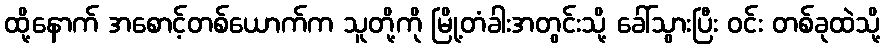
ထို့နောက် အစောင့်တစ်ယောက်က သူတို့ကို မြို့တံခါးအတွင်းသို့ ခေါ်သွားပြီး ဝင်း တစ်ခုထဲသို့